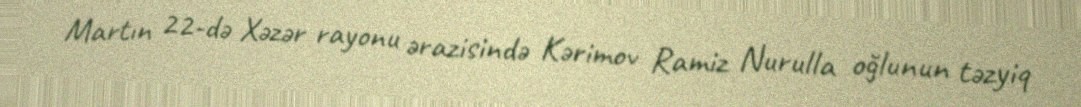
Martın 22-də Xəzər rayonu ərazisində Kərimov Ramiz Nurulla oğlunun təzyiq